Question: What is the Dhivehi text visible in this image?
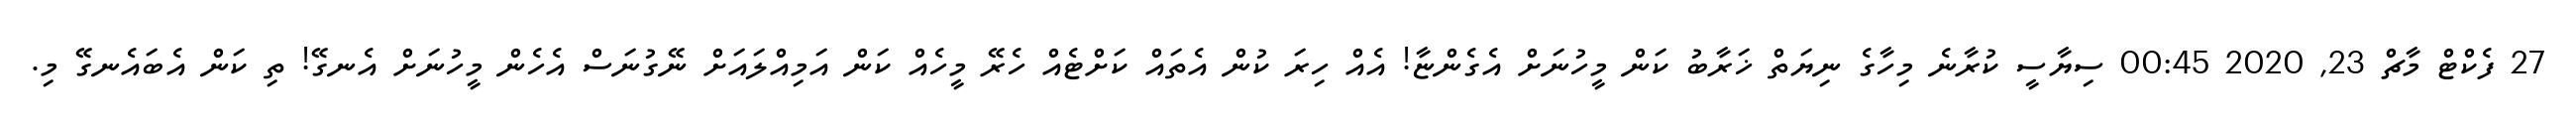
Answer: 27 ފެކްޓް މާޗް 23, 2020 00:45 ސިޔާސީ ކުރާނެ މިހާގެ ނިޔަތް ޚަރާބު ކަން މީހުނަށް އެގެންޏާ! އެއް ހިރަ ކުން އެތައް ކަށްޓެއް ހެރޭ މީހެއް ކަން އަމިއްލައަށް ނޭގުނަސް އެހެން މީހުނަށް އެނގޭ! ތި ކަން އެބައެނގޭ މި.